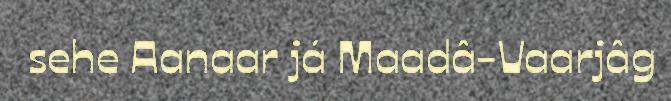
sehe Aanaar já Maadâ-Vaarjâg